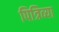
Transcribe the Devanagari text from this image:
पित्रिव्या